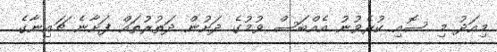
މިއަދު މި ސޮއި ކުރެވުނު އެއްބަސް ވުމުގެ ދަށުން ދަތުރުތައް ފަށާނެ ޗައިނާގެ